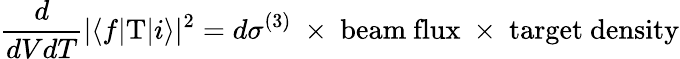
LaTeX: \frac{d}{dVdT}|\langle f|\mathrm{T}|i\rangle|^{2}=d\sigma^{(3)}\ \times\ \mathrm{beam\ flux}\ \times\ \mathrm{target\ density}